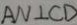
A N \bot C D